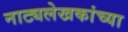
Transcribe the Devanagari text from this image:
नाट्यलेखकांच्या